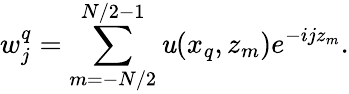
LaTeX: w_{j}^{q}=\sum_{m=-N/2}^{N/2-1}\mathit{u}(x_{q},z_{m})e^{-ijz_{m}}.